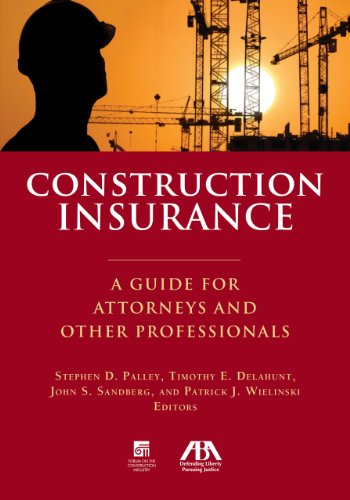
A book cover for Construction Insurance: A Guide for Attorneys and Other Professionals; Stephen D. Palley; Law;